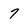
Character: 7